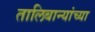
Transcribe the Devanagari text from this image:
तालिबान्यांच्या